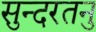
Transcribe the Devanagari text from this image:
सुन्दरतनु